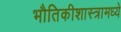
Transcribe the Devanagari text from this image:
भौतिकीशास्त्रामध्ये